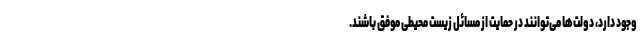
وجود دارد، دولت‌ها می‌توانند در حمایت از مسائل زیست محیطی موفق باشند.